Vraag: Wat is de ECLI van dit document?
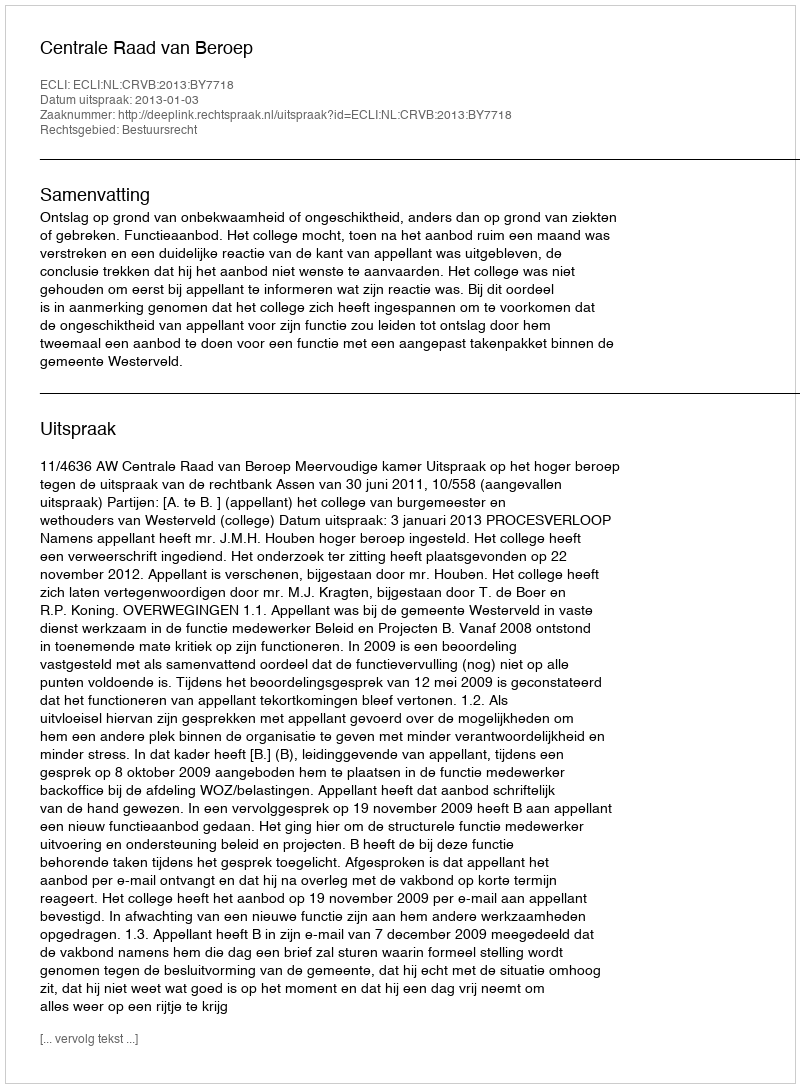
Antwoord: ECLI:NL:CRVB:2013:BY7718